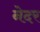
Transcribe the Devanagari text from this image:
नेदर